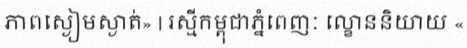
ភាពស្ងៀមស្ងាត់» | រស្មីកម្ពុជាភ្នំពេញៈ ល្ខោននិយាយ «